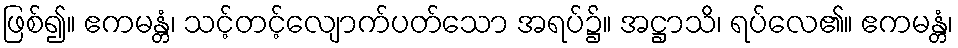
ဖြစ်၍။ ဧကမန္တံ၊ သင့်တင့်လျောက်ပတ်သော အရပ်၌။ အဋ္ဌာသိ၊ ရပ်လေ၏။ ဧကမန္တံ၊